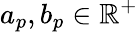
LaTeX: a_{p},b_{p}\in\mathbb{R}^{+}